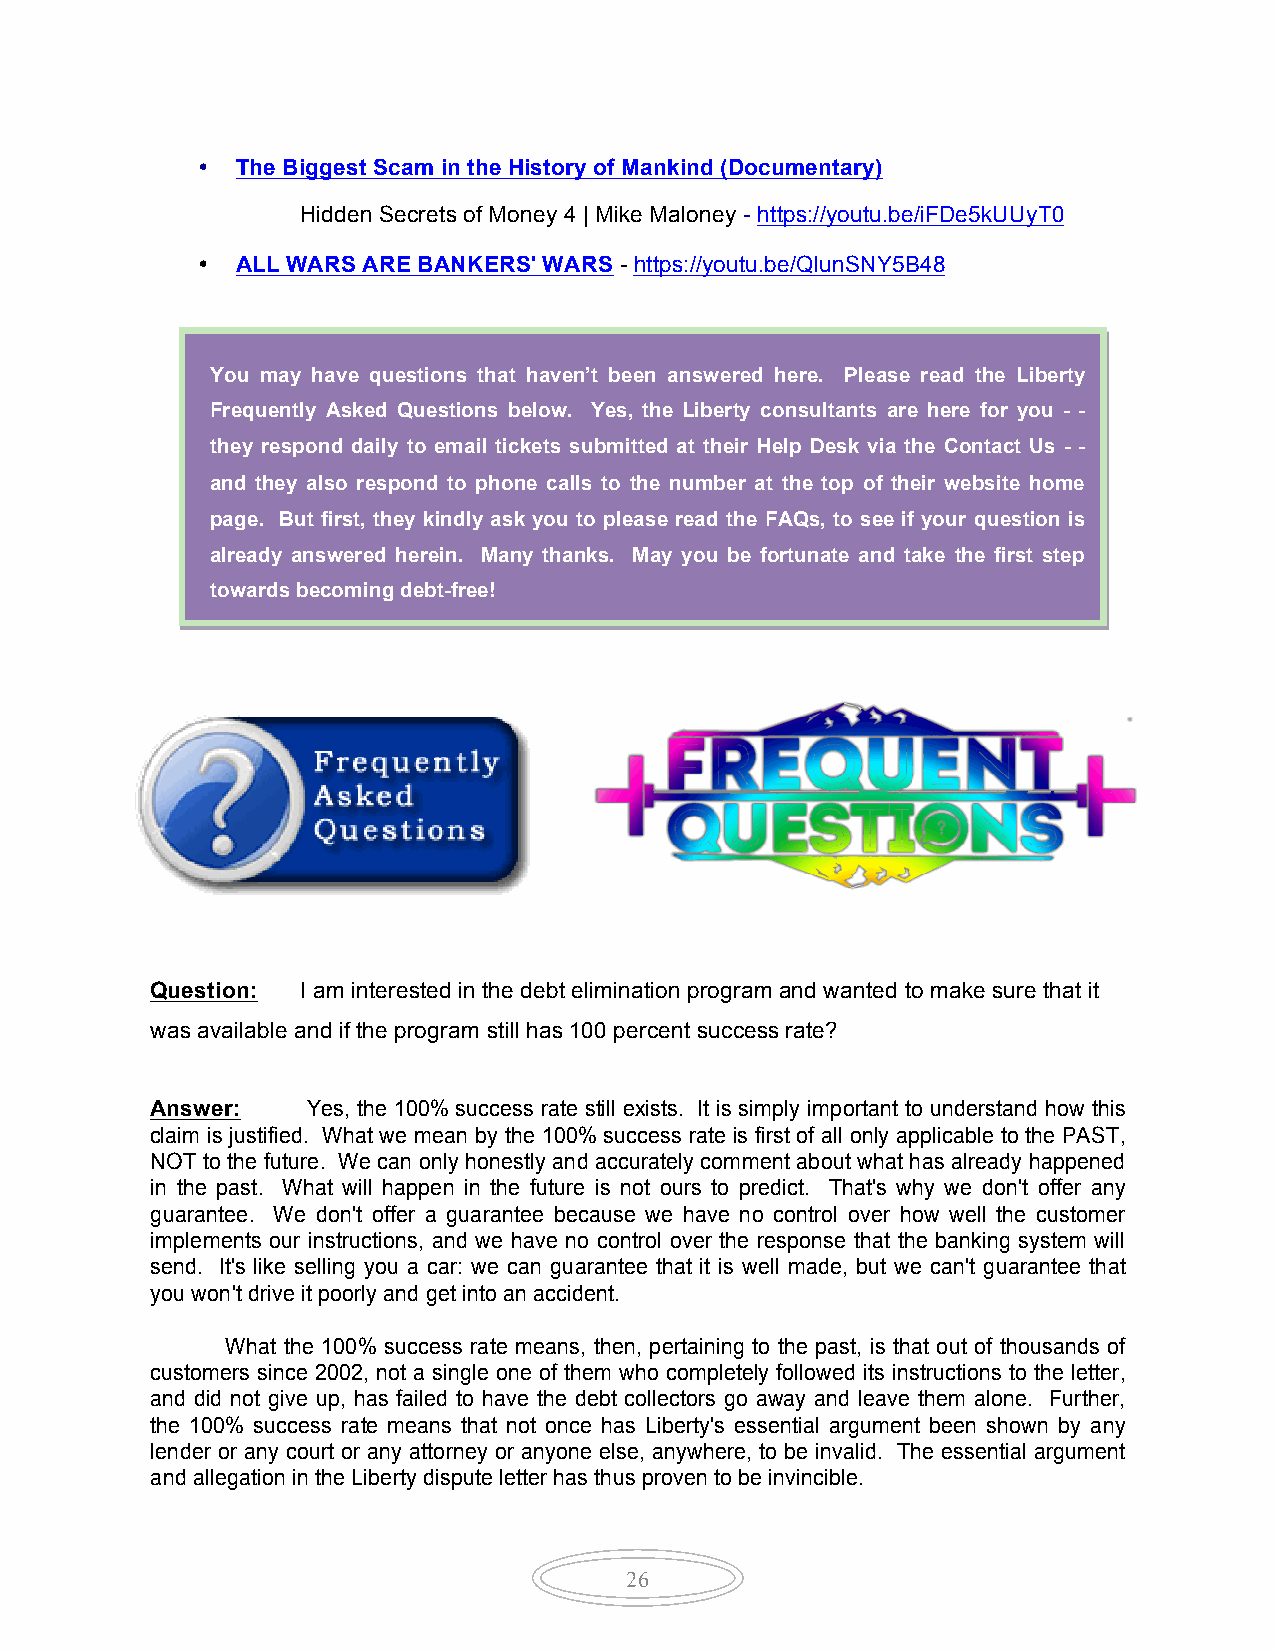
•  The Biggest Scam in the History of Mankind (Documentary)
 Hidden Secrets of Money 4 | Mike Maloney - https://youtu.be/iFDe5kUUyT0
 •  ALL WARS ARE BANKERS' WARS - https://youtu.be/QlunSNY5B48
 You may have questions that haven’t been answered here. Please read the Liberty
 Frequently Asked Questions below. Yes, the Liberty consultants are here for you - -
 they respond daily to email tickets submitt ed at their Help Desk via the Contact Us - -
 and they also respond to phone calls to the number at the top of their website home
 page. But first, they kindly ask you to please read the FAQs, to see if your question is
 already answered herein. Many thanks. May you be fortunate and take the first step
 towards becoming debt-free!
 Question: I am interested in the debt elimination program and wanted to make sure that it
 was available and if the program still has 100 percent success rate?
 Answer:   Yes, the 100% success rate still exists. It is simply important to understand how this
 claim is justified. What we mean by the 100% success rate is first of all only applicable to the PAST,
 NOT to the future. We can only honestly and accurately comment about what has already happened
 in the past. What will happen in the future is not ours to predict. That's why we don't offer any
 guarantee. We don't offer a guarantee because we have no control over how well the customer
 implements our instructions, and we have no control over the response that the banking system will
 send. It's like selling you a car: we can guarantee that it is well made, but we can't guarantee that
 you won't drive it poorly and get into an accident.
 What the 100% success rate means, then, pertaining to the past, is that out of thousands of
 customers since 2002, not a single one of them who completely followed its instructions to the letter,
 and did not give up, has failed to have the debt collectors go away and leave them alone. Further,
 the 100% success rate means that not once has Liberty's essential argument been shown by any
 lender or any court or any attorney or anyone else, anywhere, to be invalid. The essential argument
 and allegation in the Liberty dispute letter has thus proven to be invincible.
 26